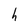
Character: h